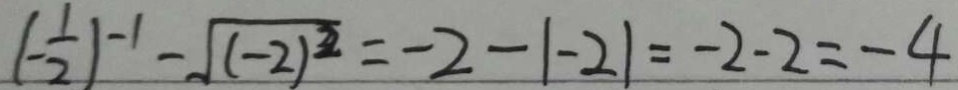
( - \frac { 1 } { 2 } ) ^ { - 1 } - \sqrt { ( - 2 ) ^ { 2 } } = - 2 - \vert - 2 \vert = - 2 - 2 = - 4